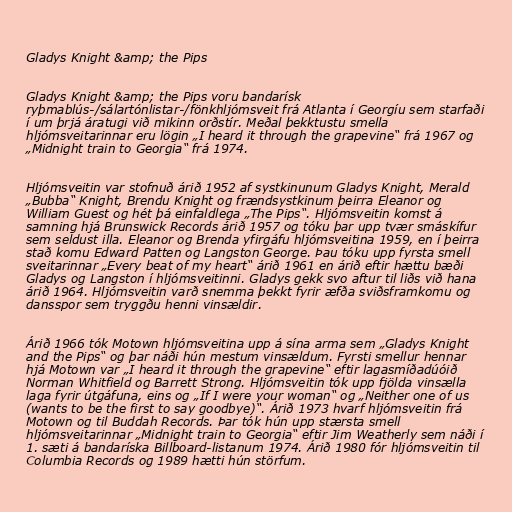
Gladys Knight &amp; the Pips

Gladys Knight &amp; the Pips voru bandarísk
ryþmablús-/sálartónlistar-/fönkhljómsveit frá Atlanta í Georgíu sem starfaði
í um þrjá áratugi við mikinn orðstír. Meðal þekktustu smella
hljómsveitarinnar eru lögin „I heard it through the grapevine“ frá 1967 og
„Midnight train to Georgia“ frá 1974.

Hljómsveitin var stofnuð árið 1952 af systkinunum Gladys Knight, Merald
„Bubba“ Knight, Brendu Knight og frændsystkinum þeirra Eleanor og
William Guest og hét þá einfaldlega „The Pips“. Hljómsveitin komst á
samning hjá Brunswick Records árið 1957 og tóku þar upp tvær smáskífur
sem seldust illa. Eleanor og Brenda yfirgáfu hljómsveitina 1959, en í þeirra
stað komu Edward Patten og Langston George. Þau tóku upp fyrsta smell
sveitarinnar „Every beat of my heart“ árið 1961 en árið eftir hættu bæði
Gladys og Langston í hljómsveitinni. Gladys gekk svo aftur til liðs við hana
árið 1964. Hljómsveitin varð snemma þekkt fyrir æfða sviðsframkomu og
dansspor sem tryggðu henni vinsældir.

Árið 1966 tók Motown hljómsveitina upp á sína arma sem „Gladys Knight
and the Pips“ og þar náði hún mestum vinsældum. Fyrsti smellur hennar
hjá Motown var „I heard it through the grapevine“ eftir lagasmíðadúóið
Norman Whitfield og Barrett Strong. Hljómsveitin tók upp fjölda vinsælla
laga fyrir útgáfuna, eins og „If I were your woman“ og „Neither one of us
(wants to be the first to say goodbye)“. Árið 1973 hvarf hljómsveitin frá
Motown og til Buddah Records. Þar tók hún upp stærsta smell
hljómsveitarinnar „Midnight train to Georgia“ eftir Jim Weatherly sem náði í
1. sæti á bandaríska Billboard-listanum 1974. Árið 1980 fór hljómsveitin til
Columbia Records og 1989 hætti hún störfum.